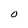
Character: O